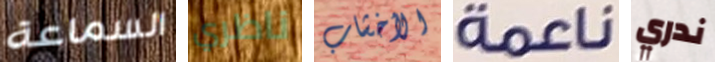
السماعة ناظري الأخشاب ناعمة ندري